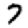
Digit: 7